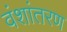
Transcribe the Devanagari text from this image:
वंशांतरण